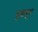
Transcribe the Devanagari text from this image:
पूजापूरा